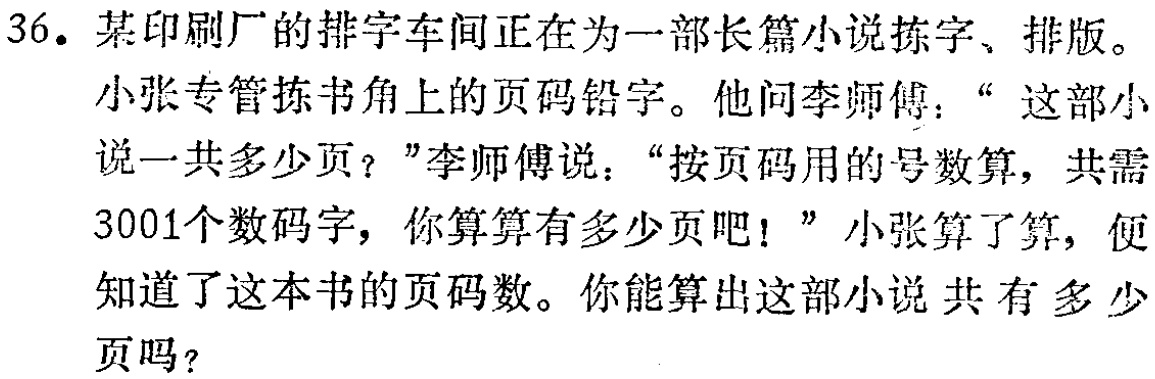
36. 某印刷厂的排字车间正在为一部长篇小说拣字、排版。

小张专管拣书角上的页码铅字。他问李师傅：“ 这部小说一共多少页？”李师傅说：“按页码用的号数算，共需3001个数码字，你算算有多少页吧！” 小张算了算，便知道了这本书的页码数。你能算出这部小说共有多少页吗？